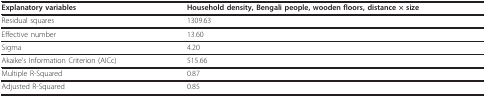
<table><thead><tr><td><b>Explanatory variables</b></td><td><b>Household density, Bengali people, wooden floors, distance × size</b></td></tr></thead><tbody><tr><td>Residual squares</td><td>1309.63</td></tr><tr><td>Effective number</td><td>13.60</td></tr><tr><td>Sigma</td><td>4.20</td></tr><tr><td>Akaike&#x27;s Information Criterion (AICc)</td><td>515.66</td></tr><tr><td>Multiple R-Squared</td><td>0.87</td></tr><tr><td>Adjusted R-Squared</td><td>0.85</td></tr></tbody></table>